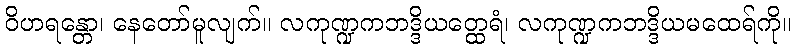
ဝိဟရန္တော၊ နေတော်မူလျက်။ လကုဏ္ဍကဘဒ္ဒိယတ္ထေရံ၊ လကုဏ္ဍကဘဒ္ဒိယမထေရ်ကို။